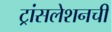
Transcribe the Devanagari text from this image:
ट्रांसलेशनची